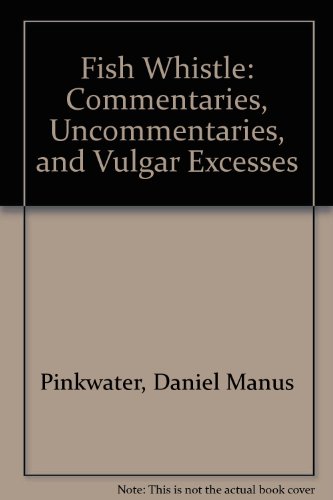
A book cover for Fish Whistle: Commentaries, Uncommentaries, and Vulgar Excesses; Daniel Manus Pinkwater; Humor & Entertainment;